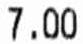
7.00